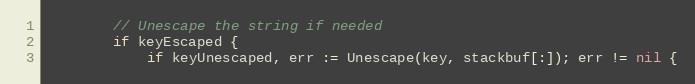
Language: Go
		// Unescape the string if needed
		if keyEscaped {
			if keyUnescaped, err := Unescape(key, stackbuf[:]); err != nil {